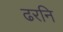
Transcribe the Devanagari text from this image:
ढरनि